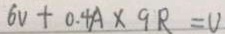
6 v + 0 . 4 A \times 9 R = U